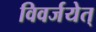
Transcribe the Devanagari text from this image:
विवर्जयेत्